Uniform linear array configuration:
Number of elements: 12
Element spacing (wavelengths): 0.75
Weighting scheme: hamming
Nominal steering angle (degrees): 60
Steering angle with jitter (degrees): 61.376
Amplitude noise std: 0.05
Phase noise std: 0.05

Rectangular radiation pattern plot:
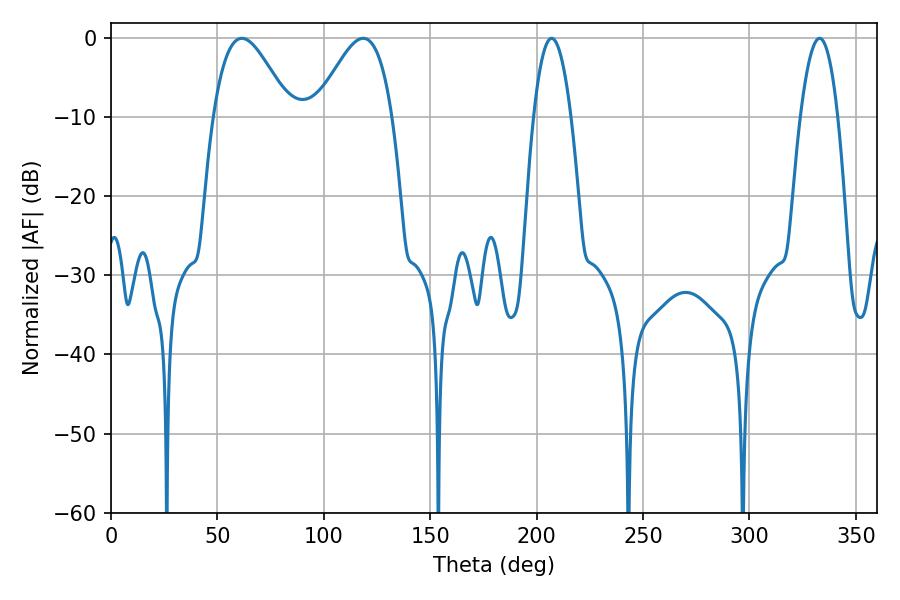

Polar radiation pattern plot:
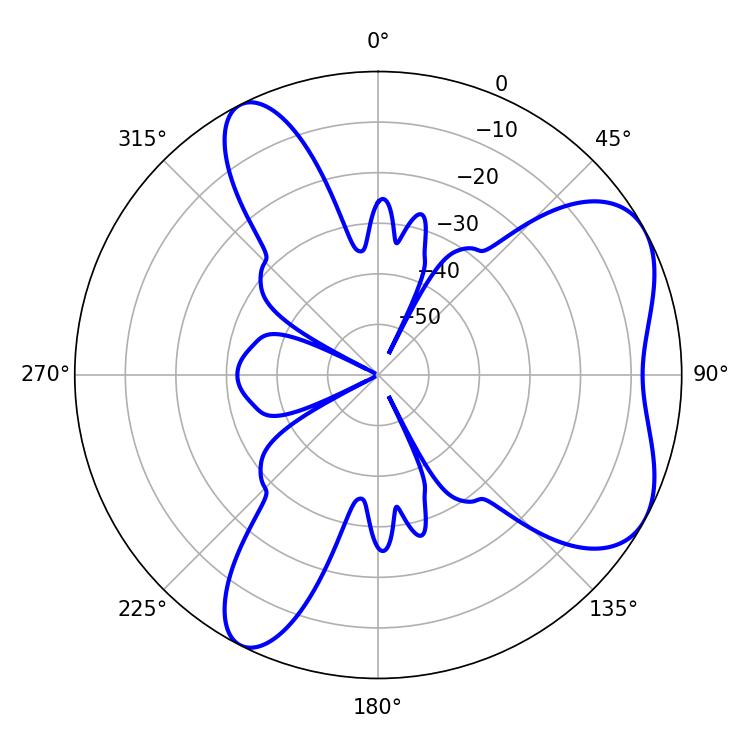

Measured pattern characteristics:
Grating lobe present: TRUE
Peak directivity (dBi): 5.864
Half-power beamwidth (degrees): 19.26
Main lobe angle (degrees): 61.56